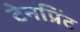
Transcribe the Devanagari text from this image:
टेनप्रिंट